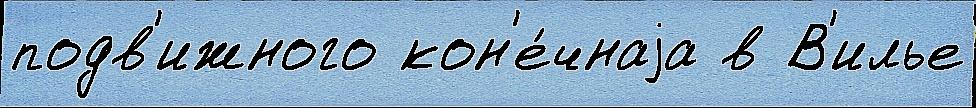
подв'ижного кон'е́чнаjа в В'илье